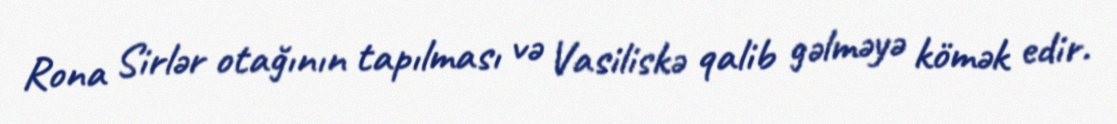
Rona Sirlər otağının tapılması və Vasiliskə qalib gəlməyə kömək edir.